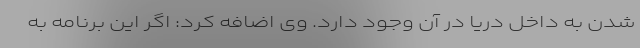
شدن به داخل دریا در آن وجود دارد. وی اضافه کرد: اگر این برنامه به